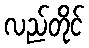
လည်တိုင်